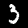
Label: 3